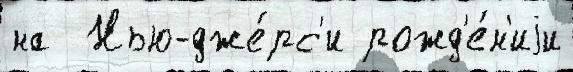
на  Нью-дже́рс'и рожд'е́н'иjи